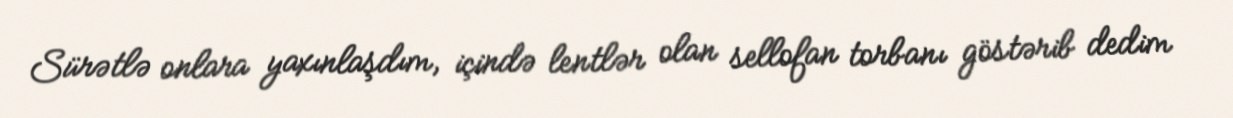
Sürətlə onlara yaxınlaşdım, içində lentlər olan sellofan torbanı göstərib dedim